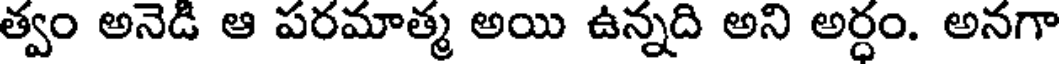
త్వం అనెడి ఆ పరమాత్మ అయి ఉన్నది అని అర్ధం. అనగా